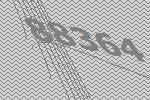
88364